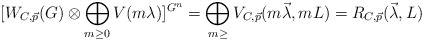
\begin{align*}[W_{C, \vec{p}}(G) \otimes \bigoplus_{m \geq 0} V(m\lambda)]^{G^n} = \bigoplus_{m \geq} V_{C, \vec{p}}(m\vec{\lambda}, mL) = R_{C, \vec{p}}(\vec{\lambda}, L)\\\end{align*}